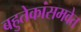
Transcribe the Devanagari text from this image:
बहुतेकांसमवेत